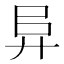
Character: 𢍀